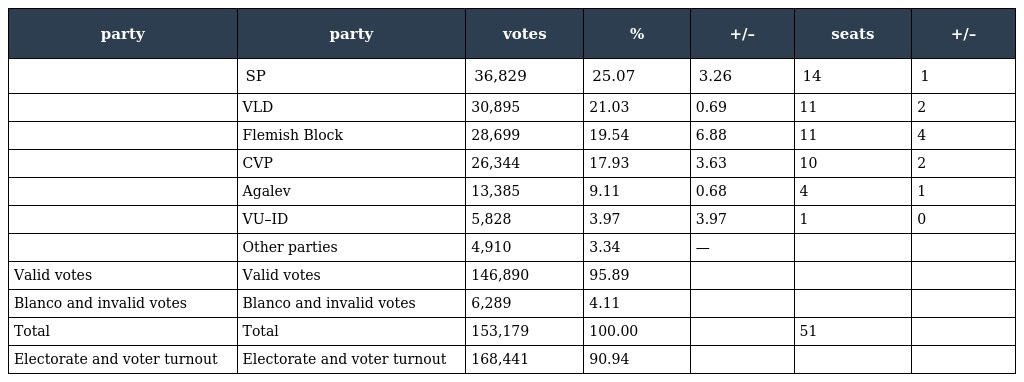
| party | party | votes | % | +/– | seats | +/– |
 | --- | --- | --- | --- | --- | --- | --- |
 |  | SP | 36,829 | 25.07 | 3.26 | 14 | 1 |
 |  | VLD | 30,895 | 21.03 | 0.69 | 11 | 2 |
 |  | Flemish Block | 28,699 | 19.54 | 6.88 | 11 | 4 |
 |  | CVP | 26,344 | 17.93 | 3.63 | 10 | 2 |
 |  | Agalev | 13,385 | 9.11 | 0.68 | 4 | 1 |
 |  | VU–ID | 5,828 | 3.97 | 3.97 | 1 | 0 |
 |  | Other parties | 4,910 | 3.34 | — |  |  |
 | Valid votes | Valid votes | 146,890 | 95.89 |  |  |  |
 | Blanco and invalid votes | Blanco and invalid votes | 6,289 | 4.11 |  |  |  |
 | Total | Total | 153,179 | 100.00 |  | 51 |  |
 | Electorate and voter turnout | Electorate and voter turnout | 168,441 | 90.94 |  |  |  |